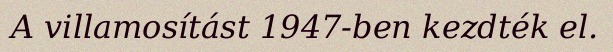
A villamosítást 1947-ben kezdték el.